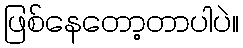
ဖြစ်နေတော့တာပါပဲ။